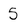
Character: 5